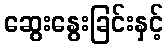
ဆွေးနွေးခြင်းနှင့်